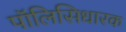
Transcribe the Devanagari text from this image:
पॉलिसिधारक